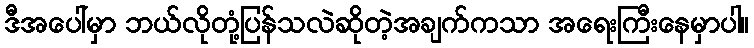
ဒီအပေါ်မှာ ဘယ်လိုတုံ့ပြန်သလဲဆိုတဲ့အချက်ကသာ အရေးကြီးနေမှာပါ။